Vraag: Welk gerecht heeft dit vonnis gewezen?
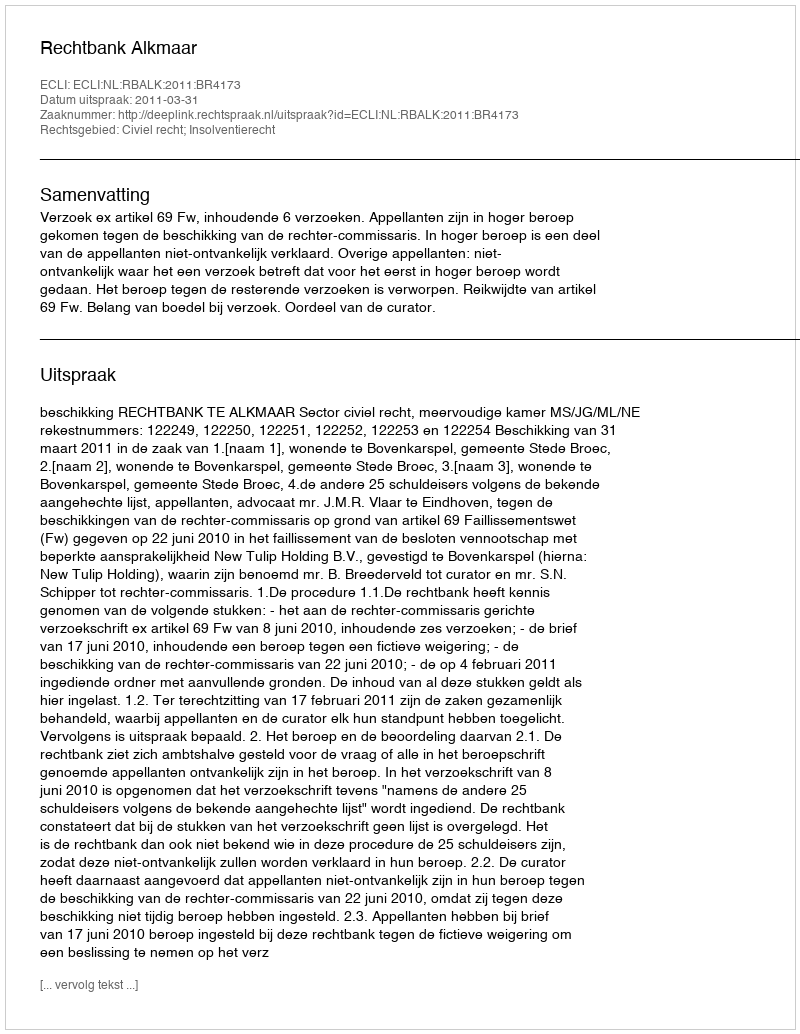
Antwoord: Rechtbank Alkmaar